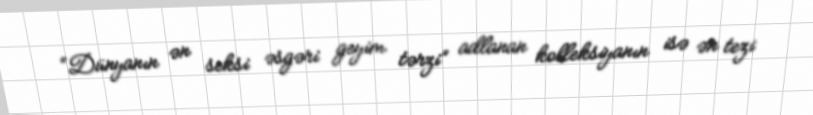
“Dünyanın ən seksi əsgəri geyim tərzi” adlanan kolleksiyanın isə ən tezi